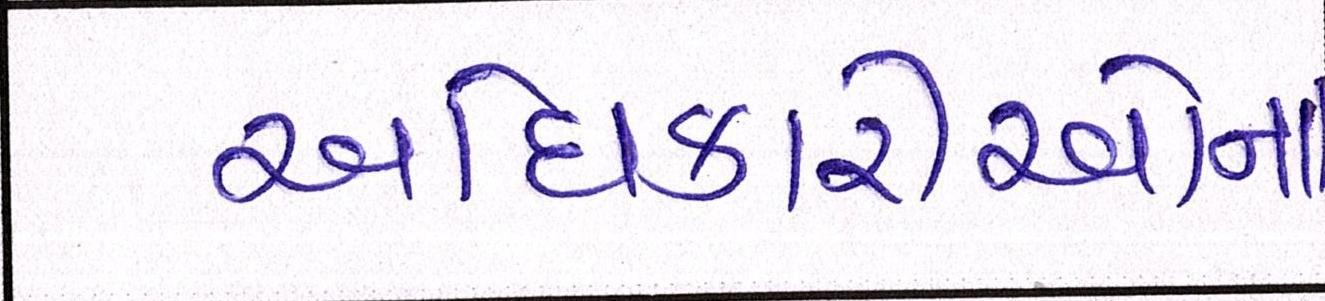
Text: અધિકારીઓના